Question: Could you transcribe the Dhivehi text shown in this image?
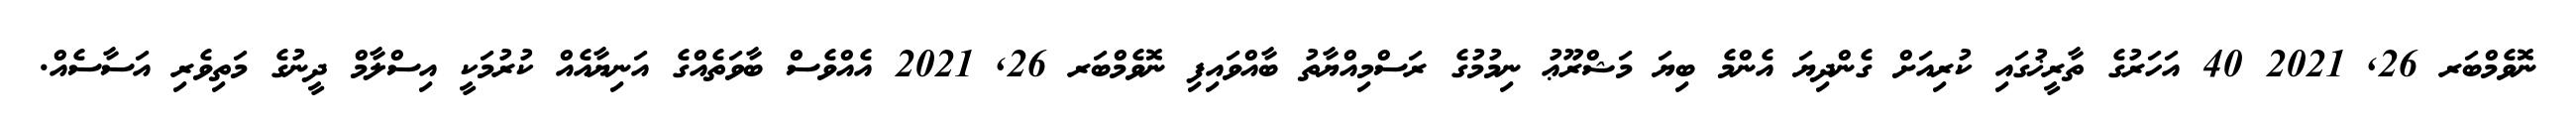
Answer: ނޮވެމްބަރ 26, 2021 40 އަހަރުގެ ތާރީޚުގައި ކުރިއަށް ގެންދިޔަ އެންމެ ބިޔަ މަޝްރޫޢު ނިމުމުގެ ރަސްމިއްޔާތު ބާއްވައިފި ނޮވެމްބަރ 26, 2021 އެއްވެސް ބާވަތެއްގެ އަނިޔާއެއް ކުރުމަކީ އިސްލާމް ދީނުގެ މަތިވެރި އަސާސެއް.